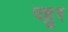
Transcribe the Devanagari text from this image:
पहुर